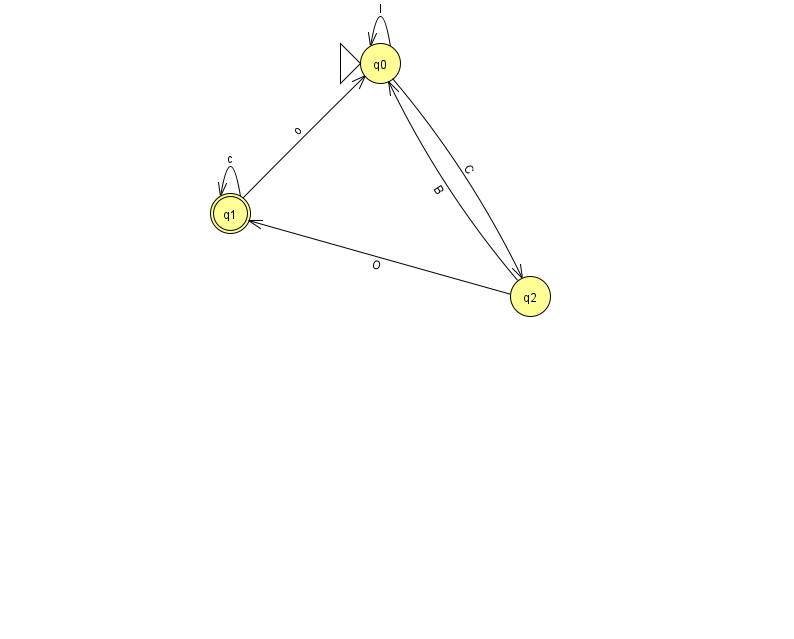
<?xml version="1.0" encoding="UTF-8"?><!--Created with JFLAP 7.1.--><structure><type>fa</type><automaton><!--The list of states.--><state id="0" name="q0"><x>380.0</x><y>50.0</y><initial/></state><state id="1" name="q1"><x>230.0</x><y>200.0</y><final/></state><state id="2" name="q2"><x>530.0</x><y>283.0</y></state><!--The list of transitions.--><transition><from>1</from><to>1</to><read>c</read></transition><transition><from>1</from><to>0</to><read>o</read></transition><transition><from>0</from><to>0</to><read>I</read></transition><transition><from>2</from><to>1</to><read>O</read></transition><transition><from>2</from><to>0</to><read>B</read></transition><transition><from>0</from><to>2</to><read>C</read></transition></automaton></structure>